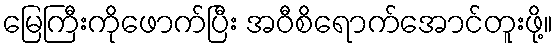
မြေကြီးကိုဖောက်ပြီး အဝီစိရောက်အောင်တူးဖို့။